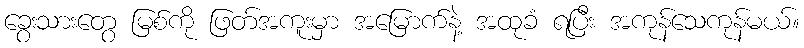
ခွေးသားတွေ မြစ်ကို ဖြတ်အကူးမှာ အမြောက်နဲ့ အထုခံ ရပြီး အကုန်သေကုန်မယ်။